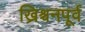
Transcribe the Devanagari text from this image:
ख्रिश्चनपूर्व